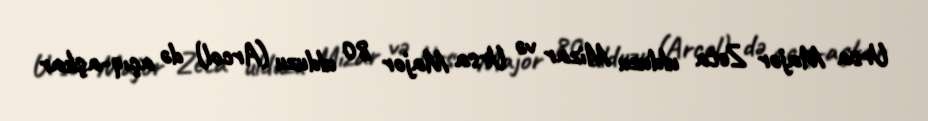
Ursa Major Zeta ulduzu Mizar və Ursa Major 80 ulduzu (Arcol) də açıq-aşkar